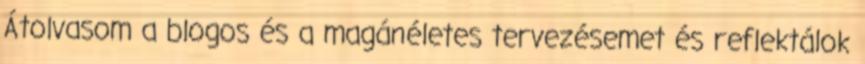
Átolvasom a blogos és a magánéletes tervezésemet és reflektálok